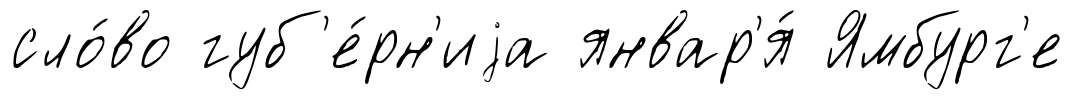
сло́во губ'е́рн'иjа январ'я́ Ямбург'е